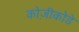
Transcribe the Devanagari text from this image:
कोज़ीकोडे